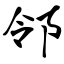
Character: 邻